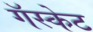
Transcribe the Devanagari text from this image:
गॅस्केट